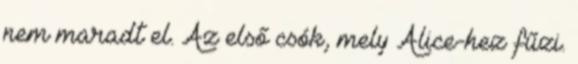
nem maradt el. Az első csók, mely Alice-hez fűzi.